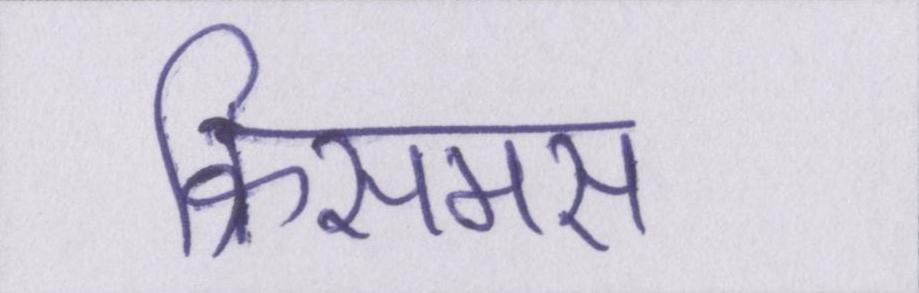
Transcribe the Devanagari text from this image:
क्रिसमस